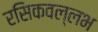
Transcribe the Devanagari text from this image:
रसिकवल्लभ